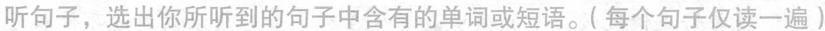
听句子,选出你所听到的句子中含有的单词或短语.( 每个句子仅读一遍)